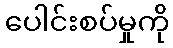
ပေါင်းစပ်မှုကို